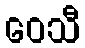
ဝေသီ